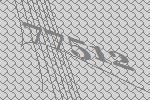
77512